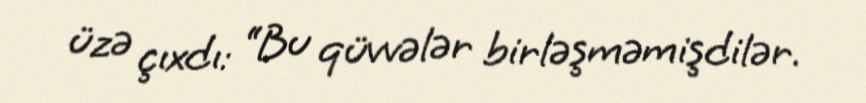
üzə çıxdı: “Bu qüvvələr birləşməmişdilər.